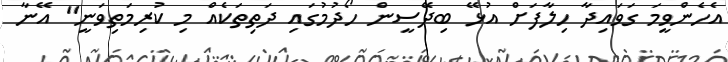
އެހެންވީމަ ގަވައިދާ ހިލާފަށް އުޅޭ ބިދޭސީން ހޯދުމުގައި ދަތިތަކެއް މި ކުރިމަތިވަނީ" އޭނާ